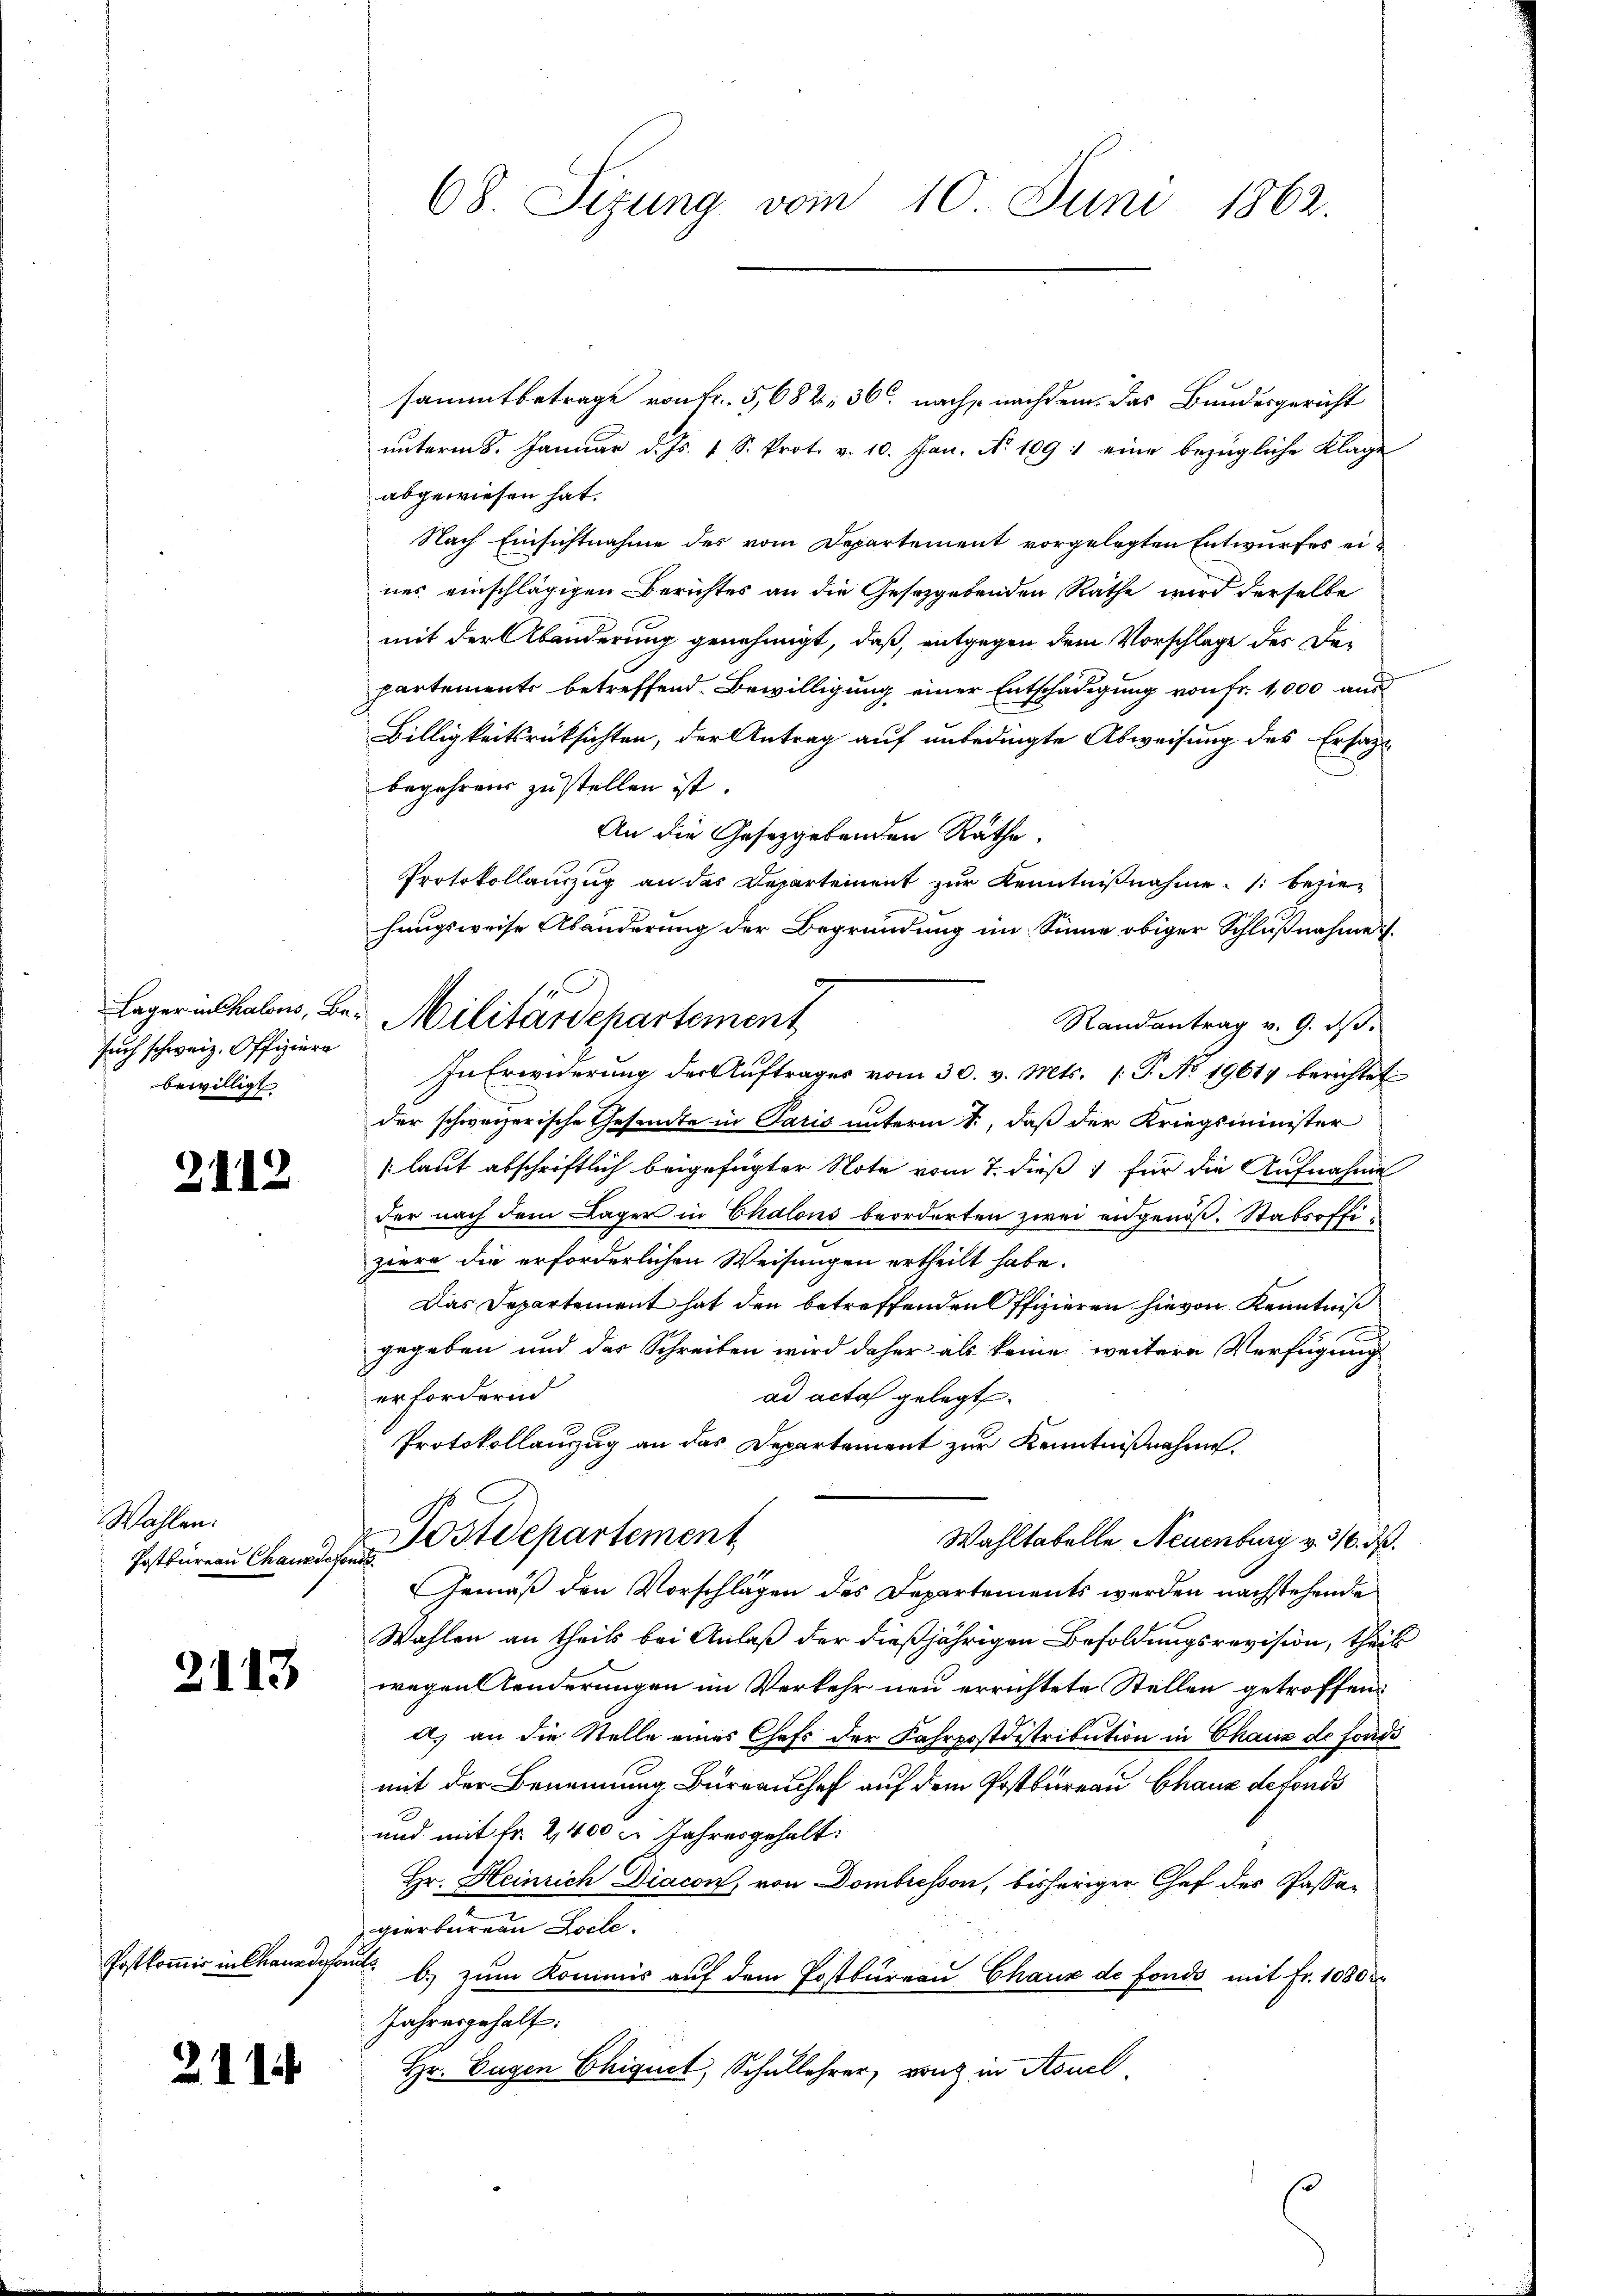
such schweiz. Offiziere
bewilligt

2112

Wahlen.
Postbureau Chauxdefonds.

2143

Postkommer in Chaundesandte

2114

68. Sizung vom 10. Juni 1862.

sammtbetrage von fr. 5,682: 36 nachs nachdem das Bundesgericht
ŭnterm 8. Januar d. Js. 1 S. Prot. v. 10. Jan. N. 109 : eine bezügliche Klage
abgewiesen hat.
Nach Einsichtnahme des vom Departement vorgelegten Entwurfes eines einschlägigen Berichtes an die Gesetzgebenden Rathe wird derselbe
mit der Abänderung genehmigt, daß, entgegen dem Vorschlage des Departements betreffend Bewilligung einer Entschädigung von Fr. 1,000 aus
Billigkeitsrücksichten, der Antrag auf unbedingte Abweisung des Ersatze
begehren zu stellen ist.
An die Gesetzgebenden Räthe.
Protokollauszug an das Departement zur Kenntnißnahme: 1. beziehungsweise Abänderung der Begründung im Sinne obiger Schlußnahme i
Randantrag v. 9. ds.
In Erwiderung der Auftrages vom 30. v. Mts. (T. No 19614 berichtet
der schweizerische Gesandte in Paris unterm 1., daß der Kriegsminister
[laut abschriftlich beigefügter Note vom 7. dieß für die Aufnahme
der nach dem Lager in Chalons beorderten zwei angenoß- Stabsoffiziere die erforderlichen Weisungen ertheilt habe.
Das Departement hat den betreffenden Offizieren hievon Kenntniß
gegeben und das Schreiben wird daher als keine weitere Verfügung
erfordern
ad acta gelegt.
Protokollauszug an das Departement zur Kenntnißnahme.
Postdepartement
Wahltabelle Neuenburg v. 316. ds.
Gemäß den Vorschlägen des Departements werden nachstehende
Wahlen an theils bei Anlaß der dießjährigen Besoldungsrevision, theil
wegen Aenderungen im Verkehr neu errichtete Stellen getroffend
a) an die Stelle eines Chefs der Fahrpostdistribution in Chaux de fonds
mit der Benennung Büreauschef auf dem Postbureau Ghauz defonds
und mit Fr. 2,400 u. Jahresgehalt.
Hr. Heinrich Diacon von Dombresson, bisherigen Chef des Passagierbureau Zoile.
b.) zum Kommis auf dem Postbureau Chaus de fonds mit Fr. 1080
Jahresgehalt.
Hr. Eugen Chiquet, Schullehrer, von in Aouel.

1
Lager in Chalons, Be- Militärdepartement